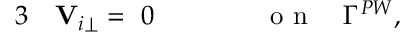
\begin{array} { r l r l } { { 3 } } & { { } { \mathbf V } _ { i \perp } = ~ 0 \qquad } & { } & { { } \mathrm { ~ o ~ n ~ } \quad \Gamma ^ { P W } , } \end{array}